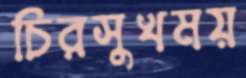
চিরসুখময়